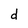
Character: d